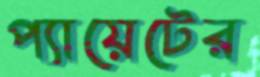
প্যায়েটের